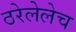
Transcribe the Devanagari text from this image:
ठरेलेलेच